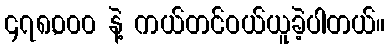
၄၇၈,၀၀၀ နဲ့ ကယ်တင်ဝယ်ယူခဲ့ပါတယ်။